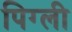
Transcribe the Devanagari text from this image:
पिग्ली